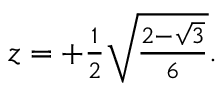
\begin{array} { r } { z = + \frac { 1 } { 2 } \sqrt { \frac { 2 - \sqrt { 3 } } { 6 } } . } \end{array}